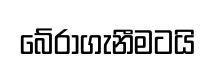
බේරාගැනීමටයි